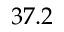
3 7 . 2